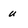
Character: u